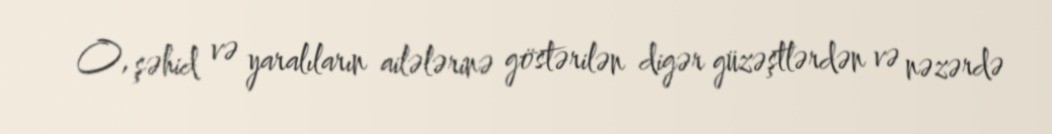
O, şəhid və yaralıların ailələrinə göstərilən digər güzəştlərdən və nəzərdə